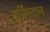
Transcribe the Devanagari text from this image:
कर्बिस्तान